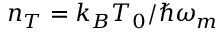
n _ { T } = k _ { B } T _ { 0 } / \hslash \omega _ { m }